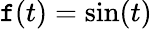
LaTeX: \mathtt{f}(t)=\sin(t)